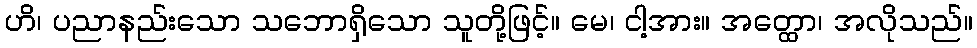
ဟိ၊ ပညာနည်းသော သဘောရှိသော သူတို့ဖြင့်။ မေ၊ ငါ့အား။ အတ္ထော၊ အလိုသည်။